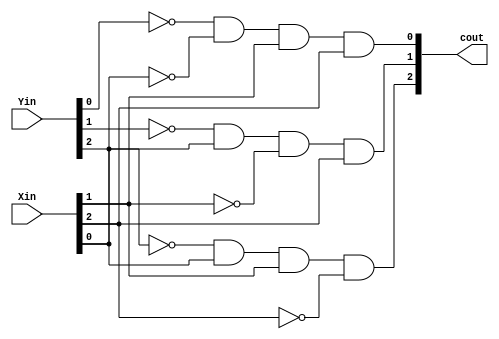
module TwoInRow(
    input [2:0] Xin,
    input [2:0] Yin,
    output wire [2:0] cout
    );
    assign cout[0] = ~Yin[0] & ~Xin[0] & Xin[1] & Xin[2];
    assign cout[1] = ~Yin[1] & Xin[0] & ~Xin[1] & Xin[2];
    assign cout[2] = ~Yin[2] & Xin[0] & Xin[1] & ~Xin[2];
endmodule